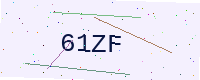
Text: 61ZF